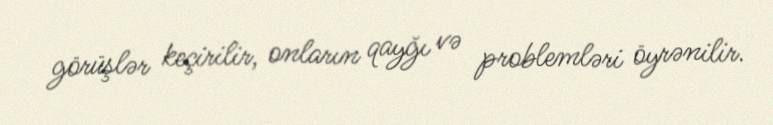
görüşlər keçirilir, onların qayğı və problemləri öyrənilir.